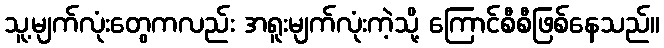
သူ့မျက်လုံးတွေကလည်း အရူးမျက်လုံးကဲ့သို့ ကြောင်စီစီဖြစ်နေသည်။